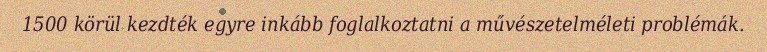
1500 körül kezdték egyre inkább foglalkoztatni a művészetelméleti problémák.